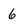
Character: 6